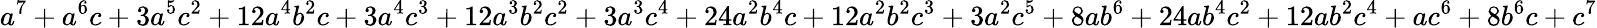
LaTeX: a^{7}+a^{6}c+3a^{5}c^{2}+12a^{4}b^{2}c+3a^{4}c^{3}+12a^{3}b^{2}c^{2}+3a^{3}c^{4}+24a^{2}b^{4}c+12a^{2}b^{2}c^{3}+3a^{2}c^{5}+8ab^{6}+24ab^{4}c^{2}+12ab^{2}c^{4}+ac^{6}+8b^{6}c+c^{7}